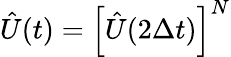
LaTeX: \hat{U}(t)=\left[\hat{U}(2\Delta t)\right]^{N}